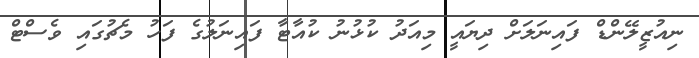
ނިއުޒީލޭންޑް ފައިނަލަށް ދިޔައީ މިއަދު ކުޅުނު ކުއާޓާ ފައިނަލުގެ ފަހު މެޗުގައި ވެސްޓް